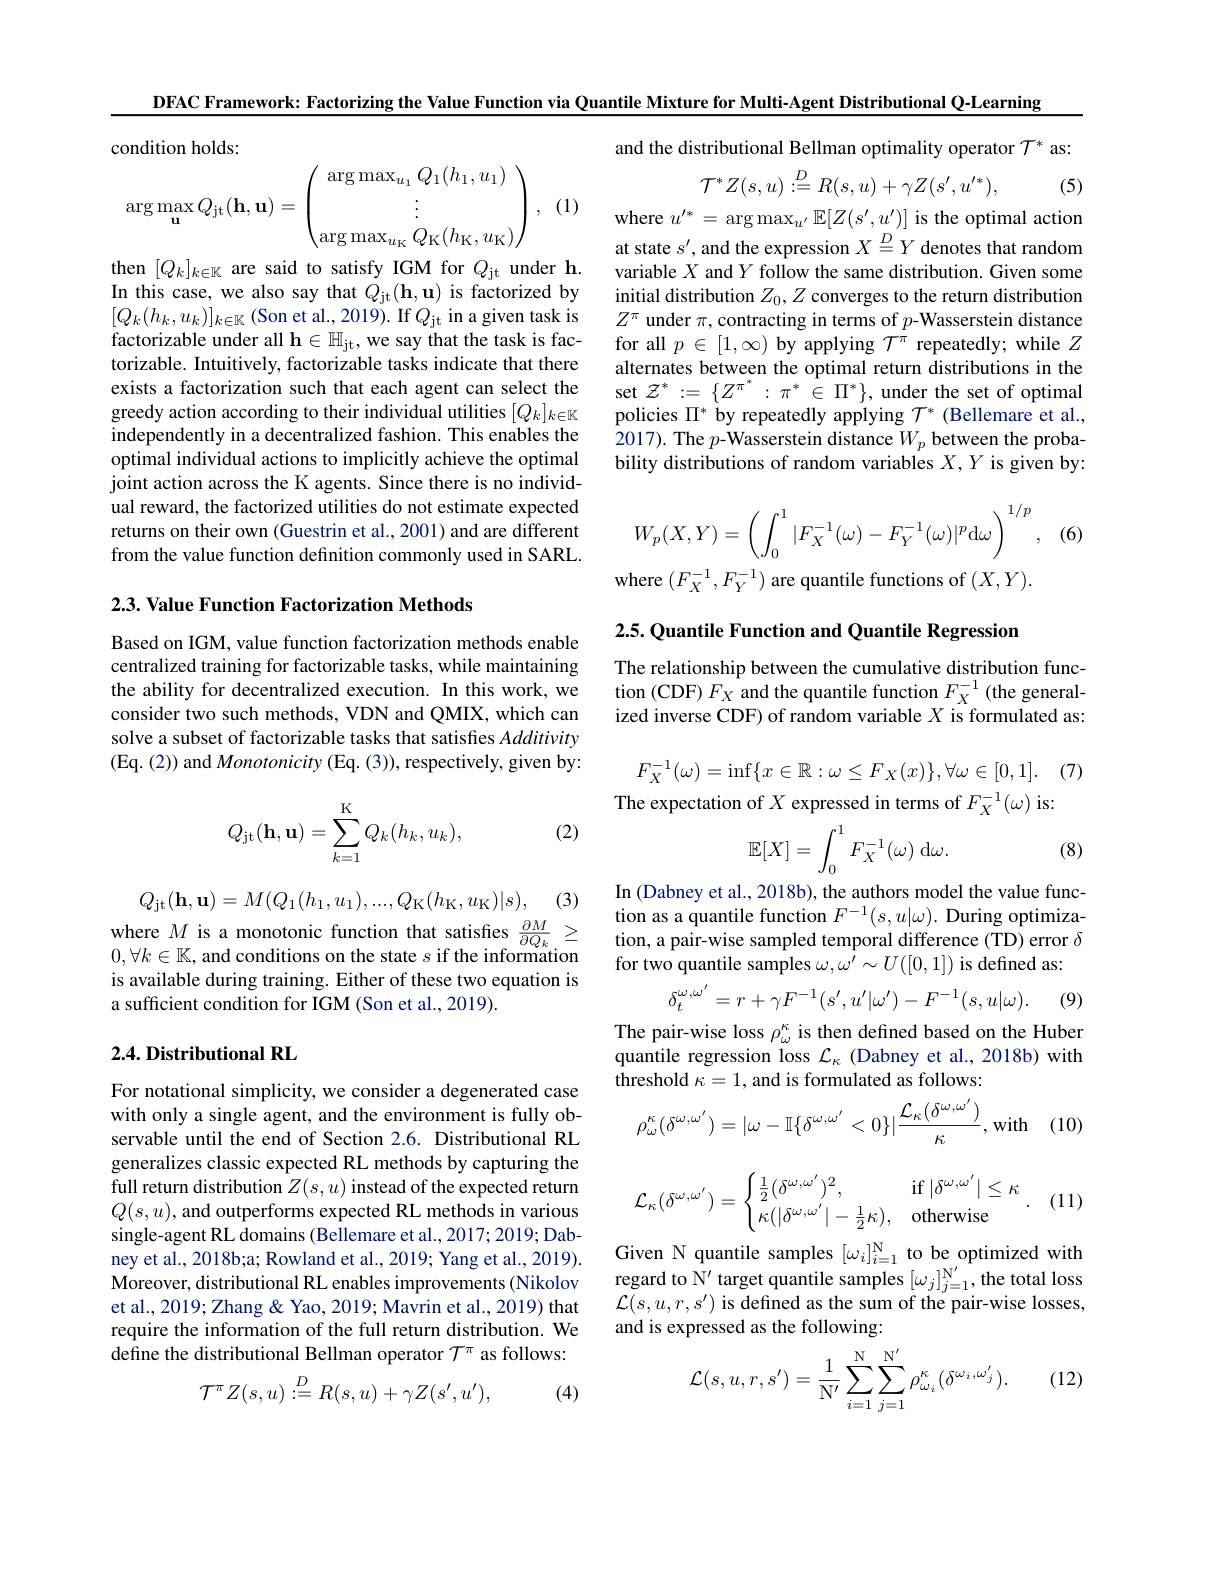
DFAC Framework: Factorizing the Value Function via Quantile Mixture for Multi-Agent Distributional Q-Learning

condition holds
$$\arg\max_{\mathbf{u}}Q_{\mathrm{jt}}(\mathbf{h},\mathbf{u})=\begin{pmatrix}\arg\max_{u_1}Q_1(h_1,u_1)\\\vdots\\\arg\max_{u_\mathrm{K}}Q_\mathrm{K}(h_\mathrm{K},u_\mathrm{K})\end{pmatrix},$$
and the distributional Bellman optimality operator $\mathcal{T}^*$ as:
$$\mathcal{T}^{*}Z(s,u)\stackrel{D}{:}=R(s,u)+\gamma Z(s^{\prime},u^{\prime*}),$$
(5)

(1)

where $u^\prime*=\arg\max_{u^{\prime}}\mathbb{E}[Z(s^{\prime},u^{\prime})]$ is the optimal action at state $s^\prime$, and the expression $X\overset{D}{\operatorname*{=}}Y$ denotes that random variable $X$ and $Y$ follow the same distribution. Given some initial distribution $Z_0,Z$ converges to the return distribution $Z^\pi$ under $\pi$,contracting in terms of $p$-Wasserstein distance for all $p\in[1,\infty)$ by applying $\mathcal{T}^\pi$ repeatedly; while $Z$ alternates between the optimal return distributions in the set $\mathcal{Z}^*:=\{Z^{\pi^*}:\pi^*\in\Pi^*\}$, under the set of optimal policies $\Pi^*$ by repeatedly applying $\mathcal{T}^*$ (Bellemare et al., 2017). The $p$-Wasserstein distance $W_p$ between the probability distributions of random variables $X,Y$ is given by:

then $[Q_k]_{k\in\mathbb{K}}$ are said to satisfy IGM for $Q_\mathrm{jt}$ under h In this case, we also say that $Q_{\mathrm{jt}}( \mathbf{h} , \mathbf{u} )$ is factorized by $[Q_{k}(h_{k},u_{k})]_{k\in\mathbb{K}}$(Son et al.,2019).If$Q_\mathrm{jt}$in a given task is factorizable under all $\mathbf{h} \in \mathbb{H} _\mathrm{jt}$,we say that the task is factorizable. Intuitively, factorizable tasks indicate that there exists a factorization such that each agent can select the greedy action according to their individual utilities $[Q_k]_{k\in\mathbb{K}}$ independently in a decentralized fashion. This enables the optimal individual actions to implicitly achieve the optimal joint action across the K agents. Since there is no individual reward, the factorized utilities do not estimate expected returns on their own (Guestrin et al., 2001) and are different from the value function definition commonly used in SARL.

(6)
$$W_p(X,Y)=\left(\int_0^1|F_X^{-1}(\omega)-F_Y^{-1}(\omega)|^p\mathrm{d}\omega\right)^{1/p},$$
where $(F_X^{-1},F_Y^{-1})$ are quantile functions of $(X,Y).$

$2. 3. \textbf{ Value Function Factorization Methods}$

$2. 5. \textbf{Quantile Function and Quantile Regression}$

The relationship between the cumulative distribution function (CDF) $F_X$ and the quantile function $F_X^{-1}$ (the generalized inverse CDF) of random variable $X$ is formulated as:

Based on IGM, value function factorization methods enable centralized training for factorizable tasks, while maintaining the ability for decentralized execution. In this work, we consider two such methods, VDN and QMIX, which can solve a subset of factorizable tasks that satisfies Additivity (Eq. ( 2) ) and $Monotonicity ($Eq. ( 3) ) , respectively, given by:

. (7)
$$F_X^{-1}(\omega)=\inf\{x\in\mathbb{R}:\omega\leq F_X(x)\},\forall\omega\in[0,1].$$
The expectation of $X$ expressed in terms of $F_X^{-1}(\omega)$ is:

(2)
$$Q_{\mathrm{jt}}(\mathbf{h},\mathbf{u})=\sum_{k=1}^{K}Q_{k}(h_{k},u_{k}),$$
$$\mathbb{E}[X]=\int_0^1F_X^{-1}(\omega)\:\mathrm{d}\omega.$$
(8)

(3)
where $M$ is a monotonic function that satisfies $\frac {\partial M}{\partial Q_k}\geq$ 0 $\forall k\in \mathbb{K}$ and conditions on the state s if the information

In (Dabney et al., 2018b), the authors model the value function as a quantile function $F^-1(s,u|\omega).$ During optimization, a pair-wise sampled temporal difference (TD) error $\delta$ for two quantile samples $\omega,\omega^\prime\sim U([0,1])$ is defined as:
$$Q_{\mathrm{jt}}(\mathbf{h},\mathbf{u})=M(Q_1(h_1,u_1),...,Q_\mathrm{K}(h_\mathrm{K},u_\mathrm{K})|s),$$
$0,\forall k\in\mathbb{K}$, and conditions on the state $s$ if the information is available during training. Either of these two equation is a sufficient condition for IGM (Son et al., 2019).
$$\delta_{t}^{\omega,\omega'}=r+\gamma F^{-1}(s',u'|\omega')-F^{-1}(s,u|\omega).$$
(9)

### $2. 4. \textbf{Distributional RL}$

The pair-wise loss $\rho_\omega^\kappa$ is then defined based on the Huber quantile regression loss $\mathcal{L}_\kappa$ (Dabney et al., 2018b) with threshold $\kappa=1$, and is formulated as follows:
$$\rho_{\omega}^{\kappa}(\delta^{\omega,\omega'})=|\omega-\mathbb{I}\{\delta^{\omega,\omega'}<0\}|\frac{\mathcal{L}_{\kappa}(\delta^{\omega,\omega'})}{\kappa},\mathrm{w}$$
$\mathbf{L} _{, \mathrm{with}}$ (10)
$$\mathcal{L}_\kappa(\delta^{\omega,\omega'})=\begin{cases}\frac{1}{2}(\delta^{\omega,\omega'})^2,&\mathrm{if}\:|\delta^{\omega,\omega'}|\le\kappa\\\kappa(|\delta^{\omega,\omega'}|-\frac{1}{2}\kappa),&\mathrm{otherwise}\end{cases}.$$
(11)

For notational simplicity, we consider a degenerated case with only a single agent, and the environment is fully observable until the end of Section 2.6. Distributional RL generalizes classic expected RL methods by capturing the full return distribution $\hat{Z}(s,u)$ instead of the expected return $Q(s,u)$, and outperforms expected RL methods in various single-agent RL domains (Bellemare et al., 2017; 2019; Dabney et al., 2018b;a; Rowland et al., 2019; Yang et al., 2019). Moreover, distributional RL enables improvements (Nikolov et al., 2019; Zhang & Yao, 2019; Mavrin et al., 2019) that require the information of the full return distribution. We define the distributional Bellman operator $\mathcal{T}^\pi$ as follows:

Given N quantile samples $[\omega_i]_{i=1}^\mathrm{N}$ to be optimized with regard to $\overset{\prime}{\operatorname*{N}}^{\prime}$ target quantile samples $[\omega_j]_j=1^{\mathrm{N}^{\prime}}$,the total loss $\mathcal{L}(s,u,r,s^{\prime})$ is defined as the sum of the pair-wise losses, and is expressed as the following:

(12)
$$\mathcal{L}(s,u,r,s')=\frac{1}{\mathrm{N'}}\sum_{i=1}^{\mathrm{N}}\sum_{j=1}^{\mathrm{N'}}\rho_{\omega_{i}}^{\kappa}(\delta^{\omega_{i},\omega'_{j}}).$$
$$\mathcal{T}^{\pi}Z(s,u)\stackrel{D}{:}=R(s,u)+\gamma Z(s',u'),$$
(4)